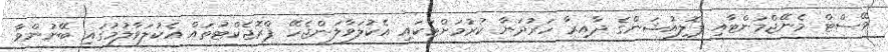
ވޭސްޓް މެނޭޖްމަންޓާއި ޕޮލިއުޝަންގެ ދާއިރާ ހަރުދަނާ ކުރުމަށްޓަކައި އެކުލަވާލަންޖެހޭ ޕްރޮޖެކްޓުތައް އެކުލަވާލުމުގައި ބޭނުންވާ